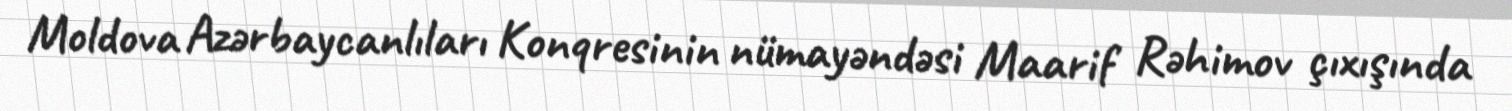
Moldova Azərbaycanlıları Konqresinin nümayəndəsi Maarif Rəhimov çıxışında